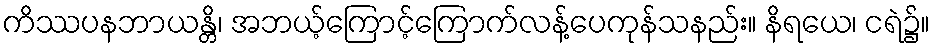
ကိဿပနဘာယန္တိ၊ အဘယ့်ကြောင့်ကြောက်လန့်ပေကုန်သနည်း။ နိရယေ၊ ငရဲ၌။